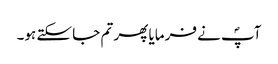
آپؐ نے فرمایا پھر تم جا سکتے ہو۔